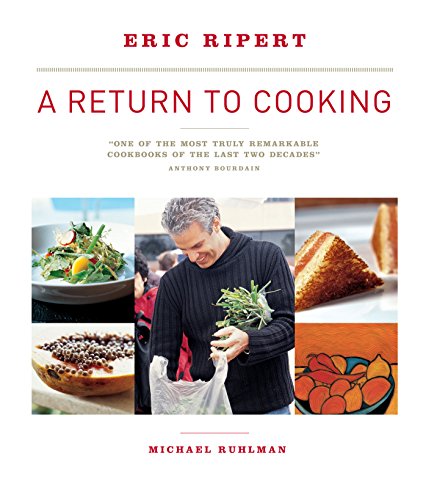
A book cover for A Return to Cooking; Michael Ruhlman; Cookbooks, Food & Wine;